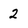
Character: 2